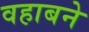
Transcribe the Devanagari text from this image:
वहाबने